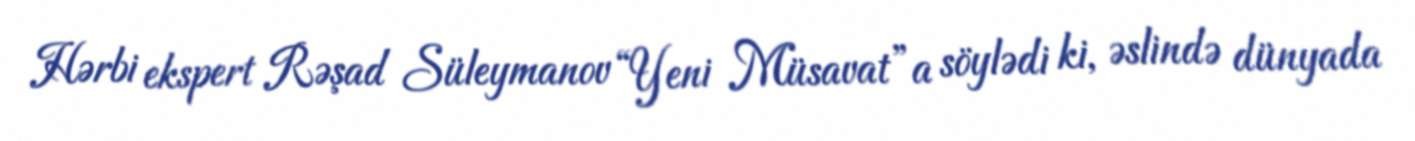
Hərbi ekspert Rəşad Süleymanov “Yeni Müsavat”a söylədi ki, əslində dünyada